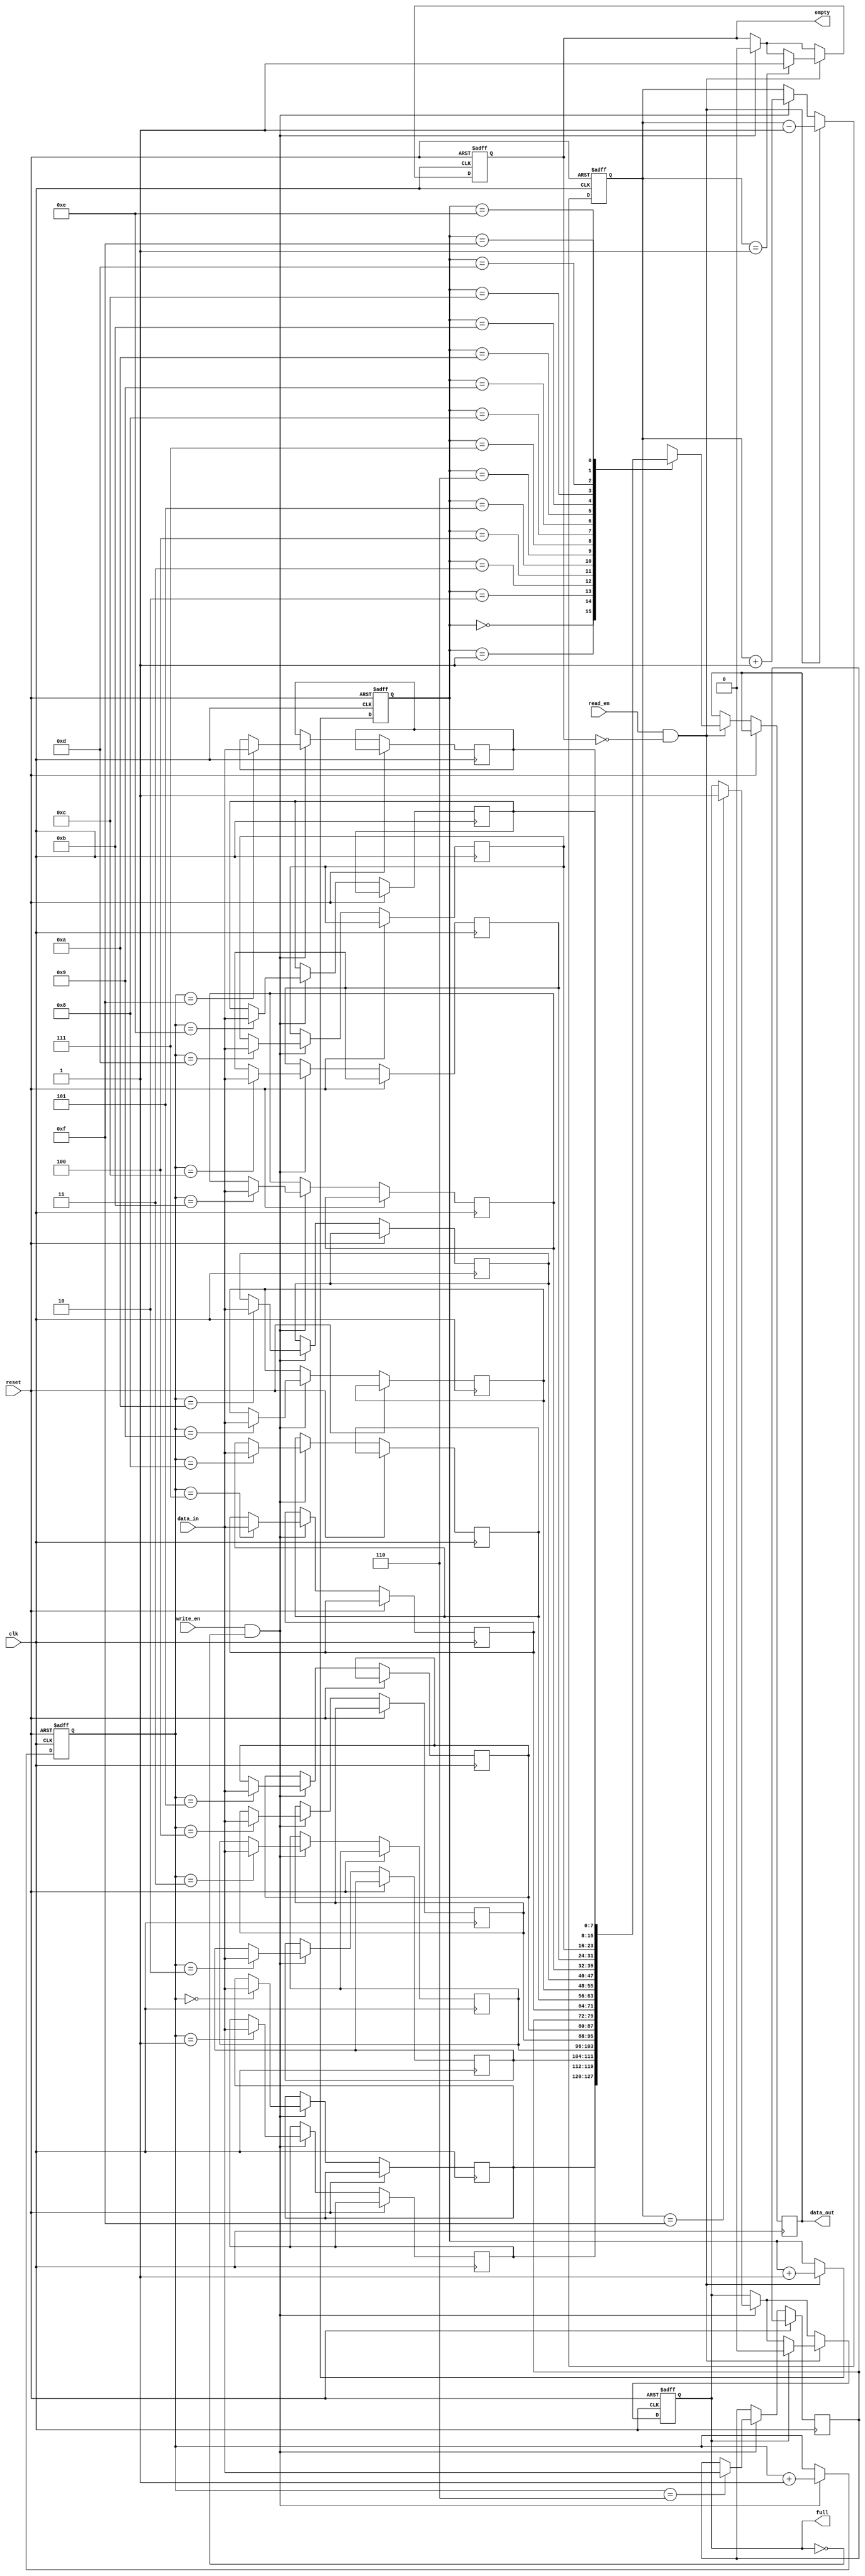
module last_word_fall_through_fifo (
    input wire clk,
    input wire reset,
    input wire write_en,
    input wire read_en,
    input wire [DATA_WIDTH-1:0] data_in,
    output wire [DATA_WIDTH-1:0] data_out,
    output wire full,
    output wire empty
);

parameter DEPTH = 16;
parameter DATA_WIDTH = 8;

reg [DATA_WIDTH-1:0] fifo [0:DEPTH-1];
reg [DATA_WIDTH-1:0] read_data;
reg [3:0] write_ptr;
reg [3:0] read_ptr;
reg [3:0] count;
reg full, empty;

always @(posedge clk or posedge reset) begin
    if (reset) begin
        write_ptr <= 4'b0000;
        read_ptr <= 4'b0000;
        count <= 4'b0000;
        full <= 1'b0;
        empty <= 1'b1;
    end else begin
        if (write_en && !full) begin
            fifo[write_ptr] <= data_in;
            write_ptr <= write_ptr + 1;
            count <= count + 1;
            if (count == DEPTH - 1) begin
                full <= 1'b1;
            end
            if (empty) begin
                empty <= 1'b0;
            end
        end
        if (read_en && !empty) begin
            read_data <= fifo[read_ptr];
            read_ptr <= read_ptr + 1;
            count <= count - 1;
            if (count == 1) begin
                empty <= 1'b1;
            end
            if (full) begin
                full <= 1'b0;
            end
        end
    end
end

assign data_out = read_data;

endmodule